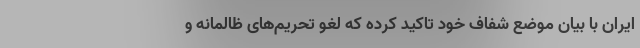
ایران با بیان موضع شفاف خود تاکید کرده که لغو تحریم‌های ظالمانه و